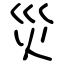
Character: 災